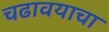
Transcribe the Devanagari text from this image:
चढावयाचा